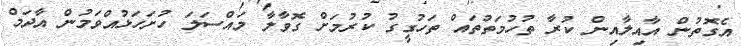
އެގޮތުން އާއިލާއިން ކުރާ ތުހުމަތުތައް ތަހުގީގު ކުރުމަށް ގޮވާލާ މައްސަލަ ހުށަހަޅުއްވަމުން އާދަމް